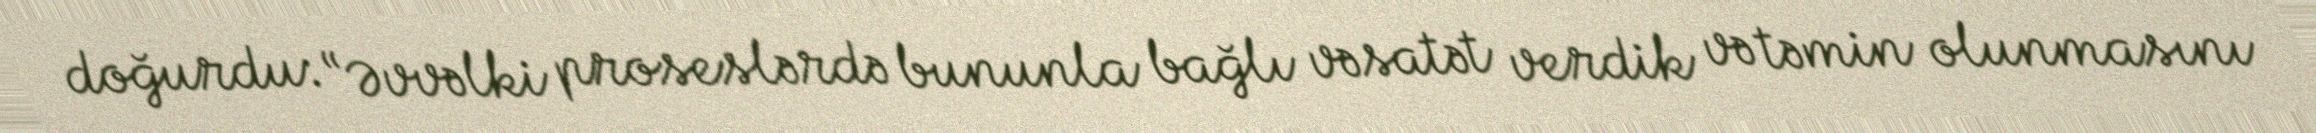
doğurdu: “Əvvəlki proseslərdə bununla bağlı vəsatət verdik və təmin olunmasını